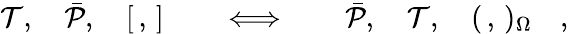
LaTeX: {\cal T},\quad\bar{\cal P},\quad[\, ,\, ]\quad\quad\Longleftrightarrow\quad\quad\bar{\cal P},\quad{\cal T},\quad(\, ,\, )_{\Omega}\quad,